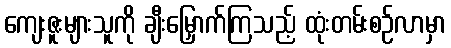
ကျေးဇူးများသူကို ချီးမြှောက်ကြသည့် ထုံးတမ်းစဉ်လာမှာ